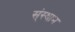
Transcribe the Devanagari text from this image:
स्ंस्थान